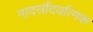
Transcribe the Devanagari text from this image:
नादसौंदर्यात्मक